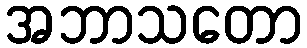
အဘာသတော